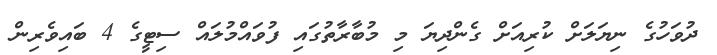
ދުވަހުގެ ނިޔަލަށް ކުރިއަށް ގެންދިޔަ މި މުބާރާތުގައި ފުވައްމުލައް ސިޓީގެ 4 ބައިވެރިން